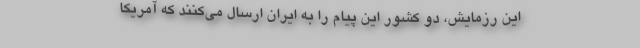
این رزمایش، دو کشور این پیام را به ایران ارسال می‌کنند که آمریکا